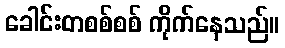
ခေါင်းတစစ်စစ် ကိုက်နေသည်။